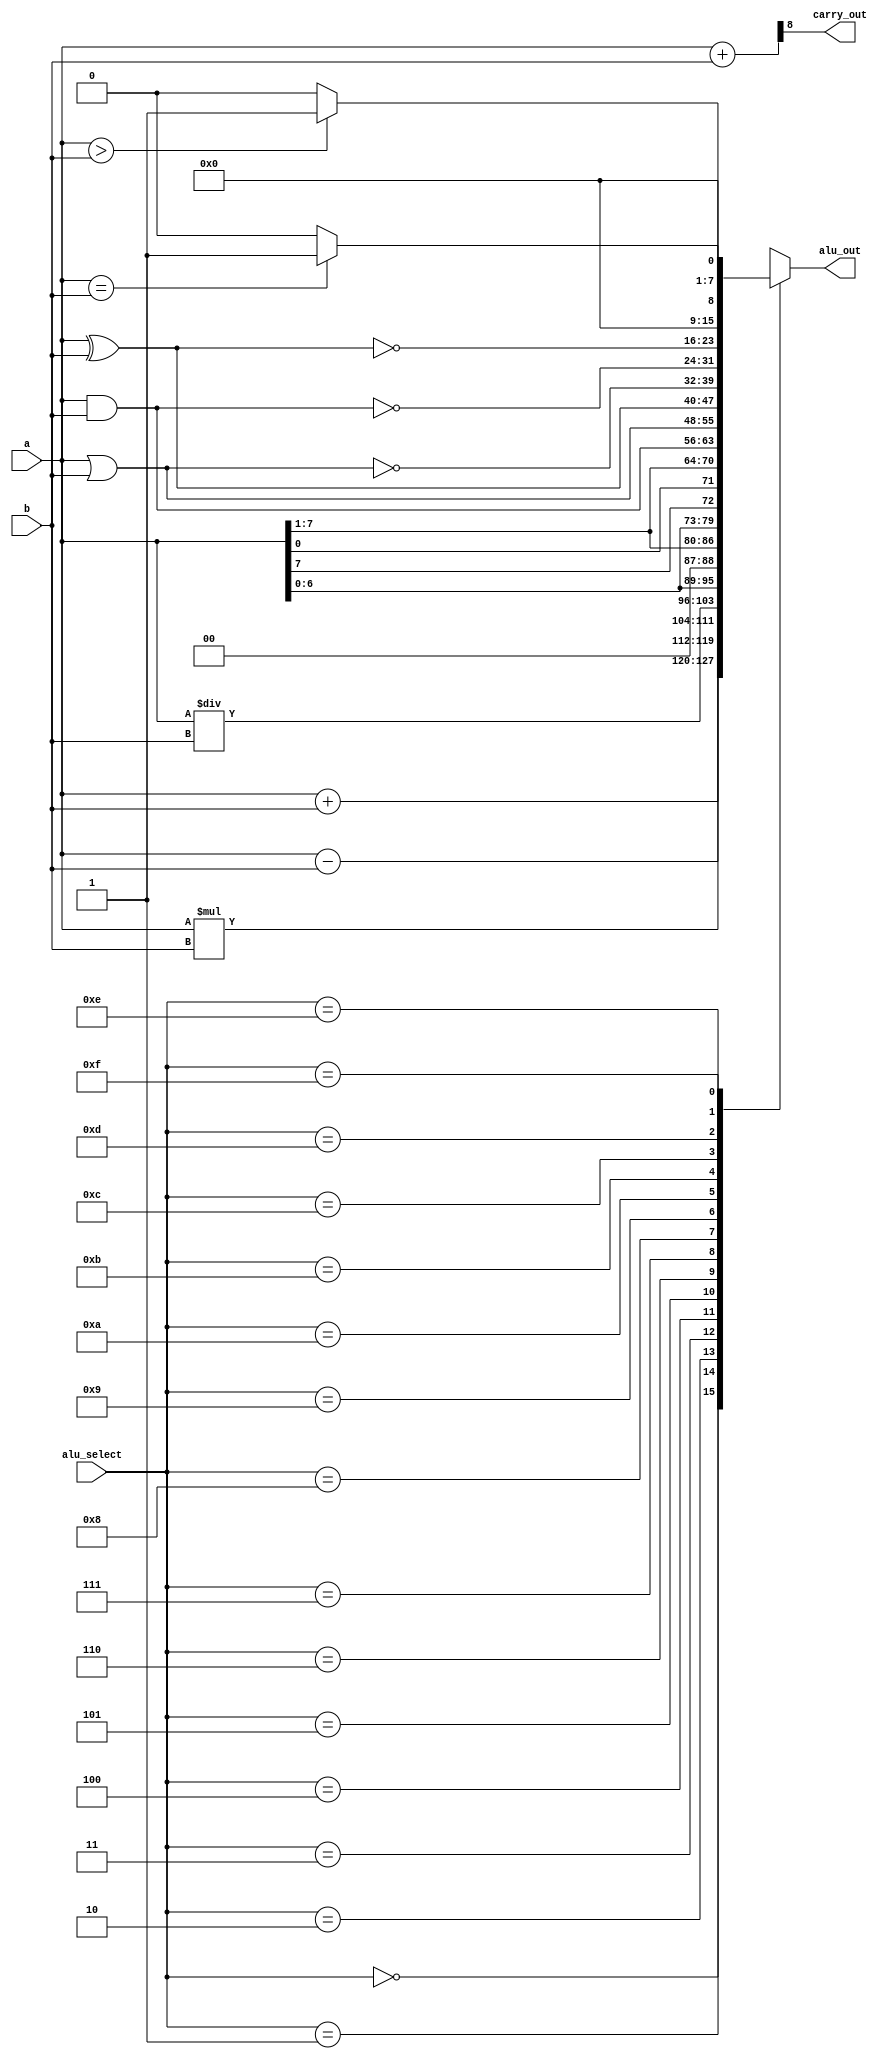
`timescale 1ns / 1ps
//////////////////////////////////////////////////////////////////////////////////
// Company: 
// Engineer: 
// 
// Design Name: 
// Module Name: Arithmetic_logic_unit
// Project Name: 
// Target Devices: 
// Tool Versions: 
// Description: 
// 
// Dependencies: 
// 
// Revision:
// Revision 0.01 - File Created
// Additional Comments:
// 
//////////////////////////////////////////////////////////////////////////////////


module Arithmetic_logic_unit(
input [7:0]a,
input [7:0]b,
input [3:0]alu_select,
output carry_out,
output [7:0]alu_out
);

reg [7:0] out;
wire [8:0] tmp;
assign alu_out=out;
assign tmp={1'b0,a}+{1'b0,b};
assign carry_out=tmp[8];

always @(*)
begin
case(alu_select)
4'b0000: //Addition
out=a+b;
4'b0001: //Substraction
out=a-b;
4'b0010: //Multiplication
out=a*b;
4'b0011: //Division
out=a/b;
4'b0100: //Logical left shift
out=a<<1;
4'b0101: //Logical right shift
out=a>>1;
4'b0110: //Rotate left
out={a[6:0],a[7]};
4'b0111: //Rotate right
out={a[0],a[7:1]};
4'b1000: //Logical and
out=a&b;
4'b1001: //Logical or
out=a|b;
4'b1010: //Logical Xor
out=a^b;
4'b1011: //Logical nor
out=~(a|b);
4'b1100: //Logical nand
out=~(a&b);
4'b1101: //Logical Xnor
out=~(a^b);
4'b1110: //Greater comparision
out=((a>b)?8'd1:8'd0);
4'b1111: //Equal comparision
out=((a==b)?8'd1:8'd0);
default:out=a+b;
endcase
end

endmodule